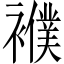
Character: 襥